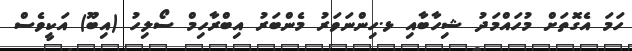
ހަމަ އެގޮތަށް މުހައްމަދު ޝިހާބާއި ޅ.ހިންނަވަރު މެންބަރު އިބްރާހިމް ސޯލިހު (އިބޫ) އަކީވެސް